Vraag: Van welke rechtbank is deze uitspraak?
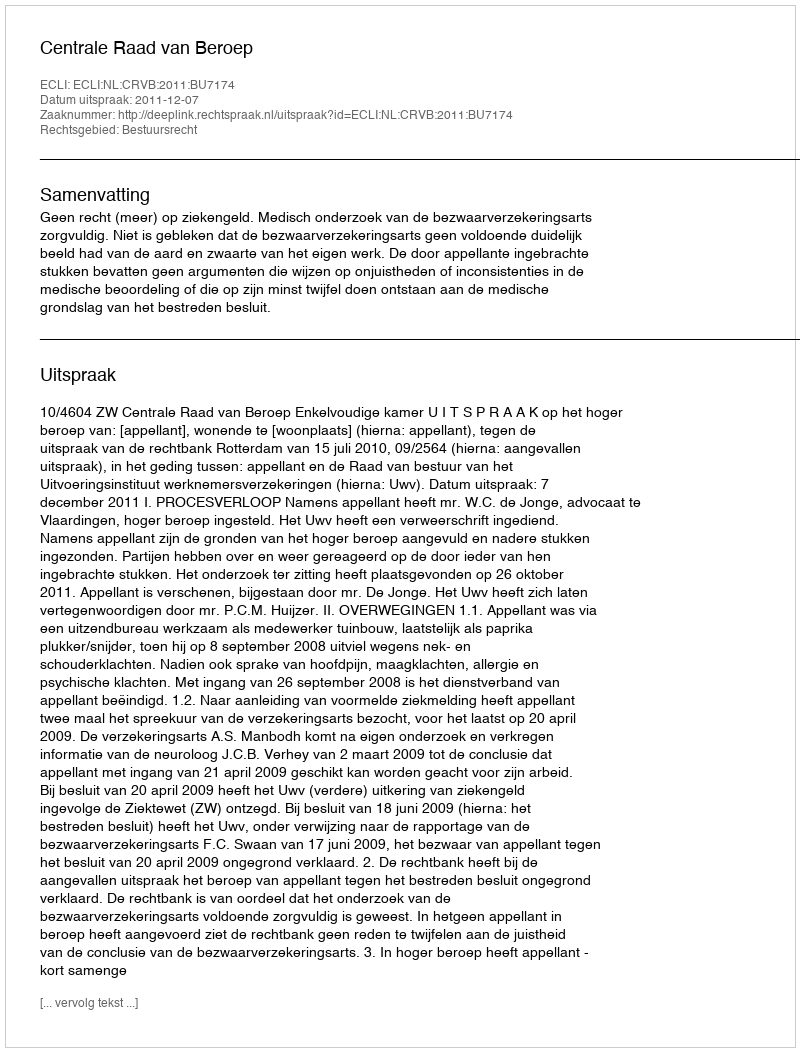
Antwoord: Centrale Raad van Beroep